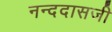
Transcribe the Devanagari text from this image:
नन्ददासजी